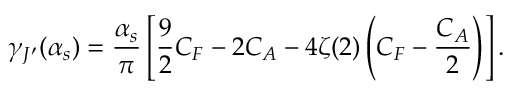
\gamma _ { J ^ { \prime } } ( \alpha _ { s } ) = \frac { \alpha _ { s } } { \pi } \left[ \frac { 9 } { 2 } C _ { F } - 2 C _ { A } - 4 \zeta ( 2 ) \left( C _ { F } - \frac { C _ { A } } { 2 } \right) \right] .